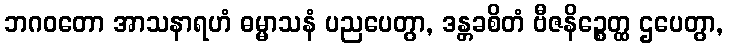
ဘဂဝတော အာသနာရဟံ ဓမ္မာသနံ ပညပေတွာ, ဒန္တခစိတံ ဗီဇနိဉ္စေတ္ထ ဌပေတွာ,